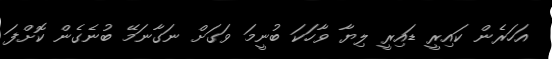
އަހަރެން ކައިރީ ޑައިރީ ލިޔާ ވާހަކަ ބުނީމަ ވަގަށް ނަގާނަމޭ ބުނެގެން ކޮށްފަ